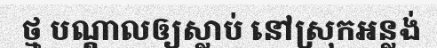
ថ្ម បណ្តាលឲ្យស្លាប់ នៅស្រុកអន្លង់